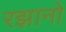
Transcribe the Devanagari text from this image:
रझानो